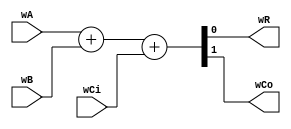
module FULL_ADDER (
input wire  wA,wB,wCi,
output wire  wR ,
output wire wCo
);

assign {wCo,wR} = wA + wB + wCi;
endmodule